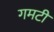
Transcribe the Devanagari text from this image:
गमटी